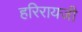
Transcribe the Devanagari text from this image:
हरिरायजी